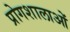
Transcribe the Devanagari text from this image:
प्रोगशालाओं